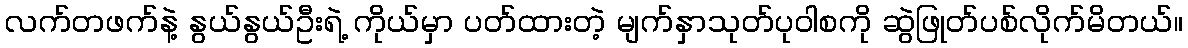
လက်တဖက်နဲ့ နွယ်နွယ်ဦးရဲ့ ကိုယ်မှာ ပတ်ထားတဲ့ မျက်နှာသုတ်ပုဝါစကို ဆွဲဖြုတ်ပစ်လိုက်မိတယ်။